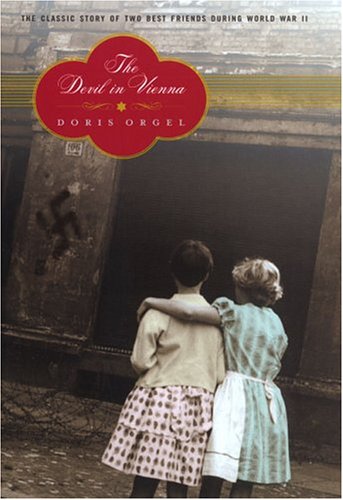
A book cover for The Devil in Vienna; Doris Orgel; Teen & Young Adult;